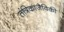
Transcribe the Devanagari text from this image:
तंत्रिकाजैविकी